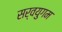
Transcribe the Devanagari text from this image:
सर्वयुगम